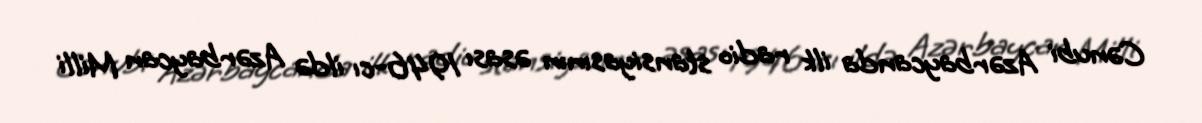
Cənubi Azərbaycanda ilk radio stansiyasının əsası 1946-cı ildə Azərbaycan Milli